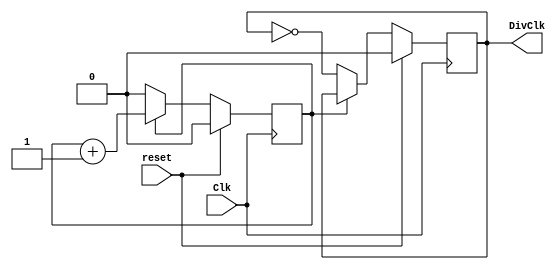
`timescale 1ns / 1ps
//////////////////////////////////////////////////////////////////////////////////
// Company: 
// Engineer: 
// 
// Design Name: 
// Module Name:    Divisor_de_Clk 
// Project Name: 
// Target Devices: 
// Tool versions: 
// Description: 
//
// Dependencies: 
//
// Revision: 
// Revision 0.01 - File Created
// Additional Comments: 
//
//////////////////////////////////////////////////////////////////////////////////
module Divisor_de_Clk(
	input Clk, reset,
	output reg DivClk
    );

//Para saber cuanto es la entrada Div, se divide la entrada clk (los 100MHz de la Nexys 3 en este caso) entre la frecuencia deseada, este resultado se divide entre 2 y se le resta 1
//Esto es asi pues, si se divide por 1 bit (osea si Div = 0) esto divide el clk entre 2, es decir si uso una cantidad de 1 bit en Div, divido clk en 2, si uso dos bits (Div = 1) divido clk en 4, si uso 3 bits (Div=2) divido clk en 6
//**Notar que la cuenta de cuantos bits utilizo comienza en 0 y tambien es por ello que se le resta 1
//Asi, si se quiere tener una frecuencia de por ejemplo 10MHz, entonces, 100MHz/10Mhz = 10 (divido la frecuencia 10 veces). Si se que usar 1 bit (Div = 0) equivale a dividir la frecuencia en 2, entonces diviendo 10 veces equivale a utilizar 5 bits (Div = 4), es decir una regla de tres. Div = [(1*10)/2]-1

reg q;//log(2,f_in)-1, NO ES NECESARIO PORQUE EN LA EJECUCION DEL ALGORITMO ESTE NO VARA

always@(negedge Clk)
	if(reset)
		begin
		q <= 0;
		DivClk <= 0;
		end
	else 
		case(q)//ALGORITMO IMPORTANTE PARA ELIMINAR LATCHES 
			1'b0:
				DivClk <= ~DivClk;
		default:		
			q <= q + 1;
		endcase
endmodule